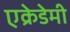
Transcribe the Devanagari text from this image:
एक्रेडेमी